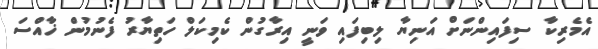
އެމެރިކާ ސިފައިންނަށް އަނިޔާ ލިބިފައި ވަނީ އިރާގުން ކެމިކަލް ހަތިޔާރު ފެނުމުން ޚާއްސަ